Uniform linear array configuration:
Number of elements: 16
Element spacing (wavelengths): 0.5
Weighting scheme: blackman
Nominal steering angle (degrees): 30
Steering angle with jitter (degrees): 29.786
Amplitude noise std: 0.05
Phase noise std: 0.05

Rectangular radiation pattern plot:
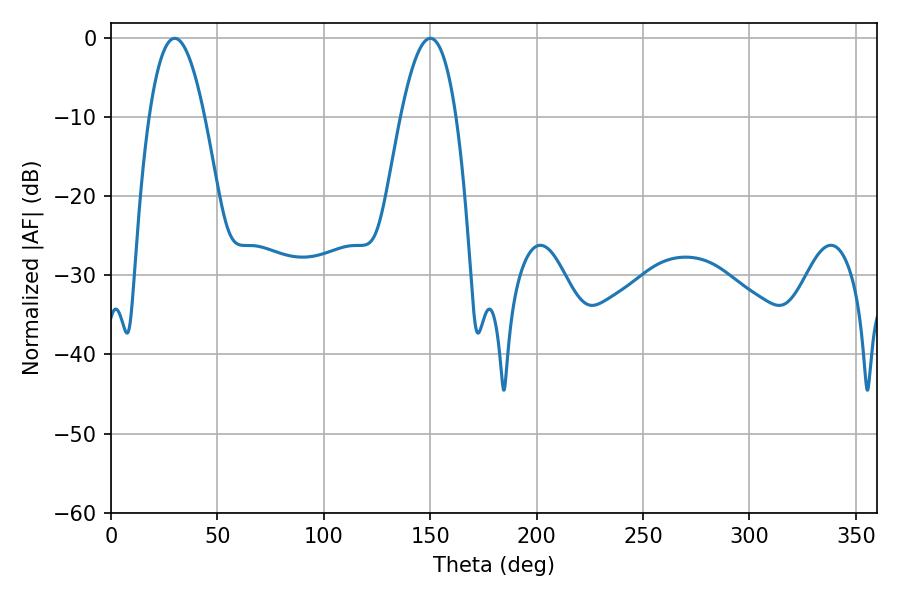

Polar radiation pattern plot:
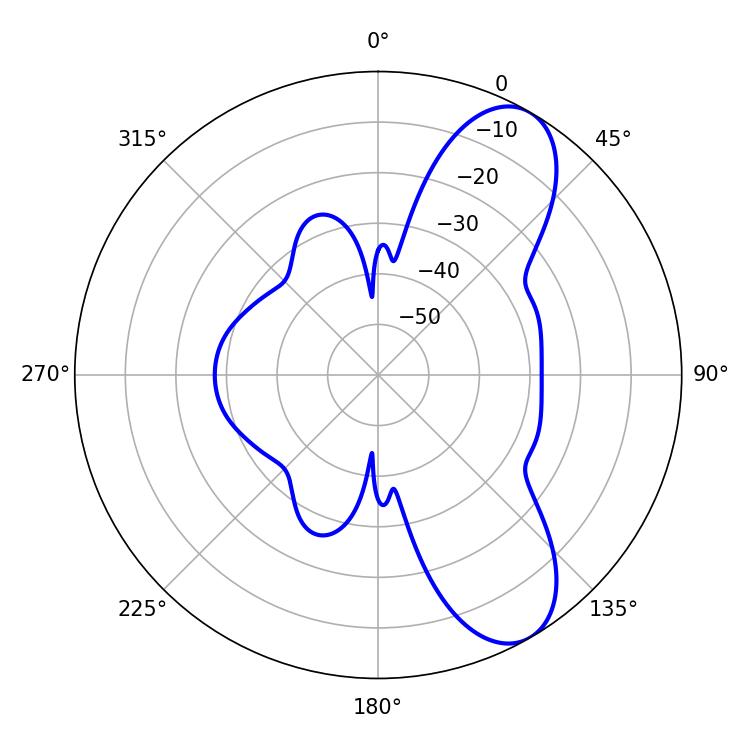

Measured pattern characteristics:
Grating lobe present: FALSE
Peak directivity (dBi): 8.663
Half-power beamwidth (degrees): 14.4
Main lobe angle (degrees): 29.88